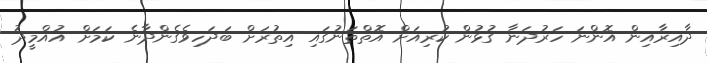
ދާއިރާއިން އޮންނަ ހަރުދަނާ ގުޅުން ކުރިއަށް އޮތްތަނުގައި އިތުރަށް ބަދަހިވެގެންދާނެ ކަމަށް އުއްމީދު